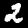
Label: 2